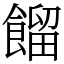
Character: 餾